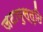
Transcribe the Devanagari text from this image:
जटायुस्तुति